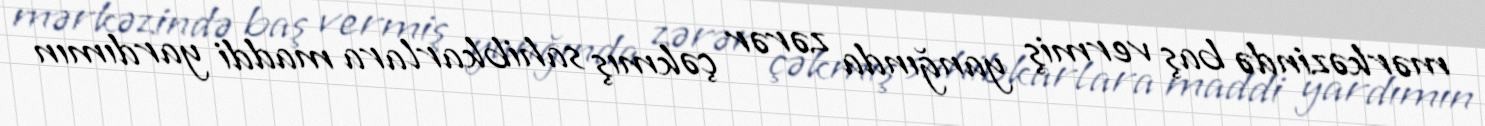
mərkəzində baş vermiş yanğında zərər çəkmış sahibkarlara maddi yardımın